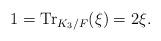
LaTeX: \begin{align*}1 = \mathrm{Tr}_{K_3/F}(\xi) = 2\xi.\end{align*}